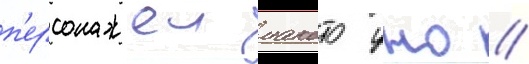
п'ерсонажеи макото уно //